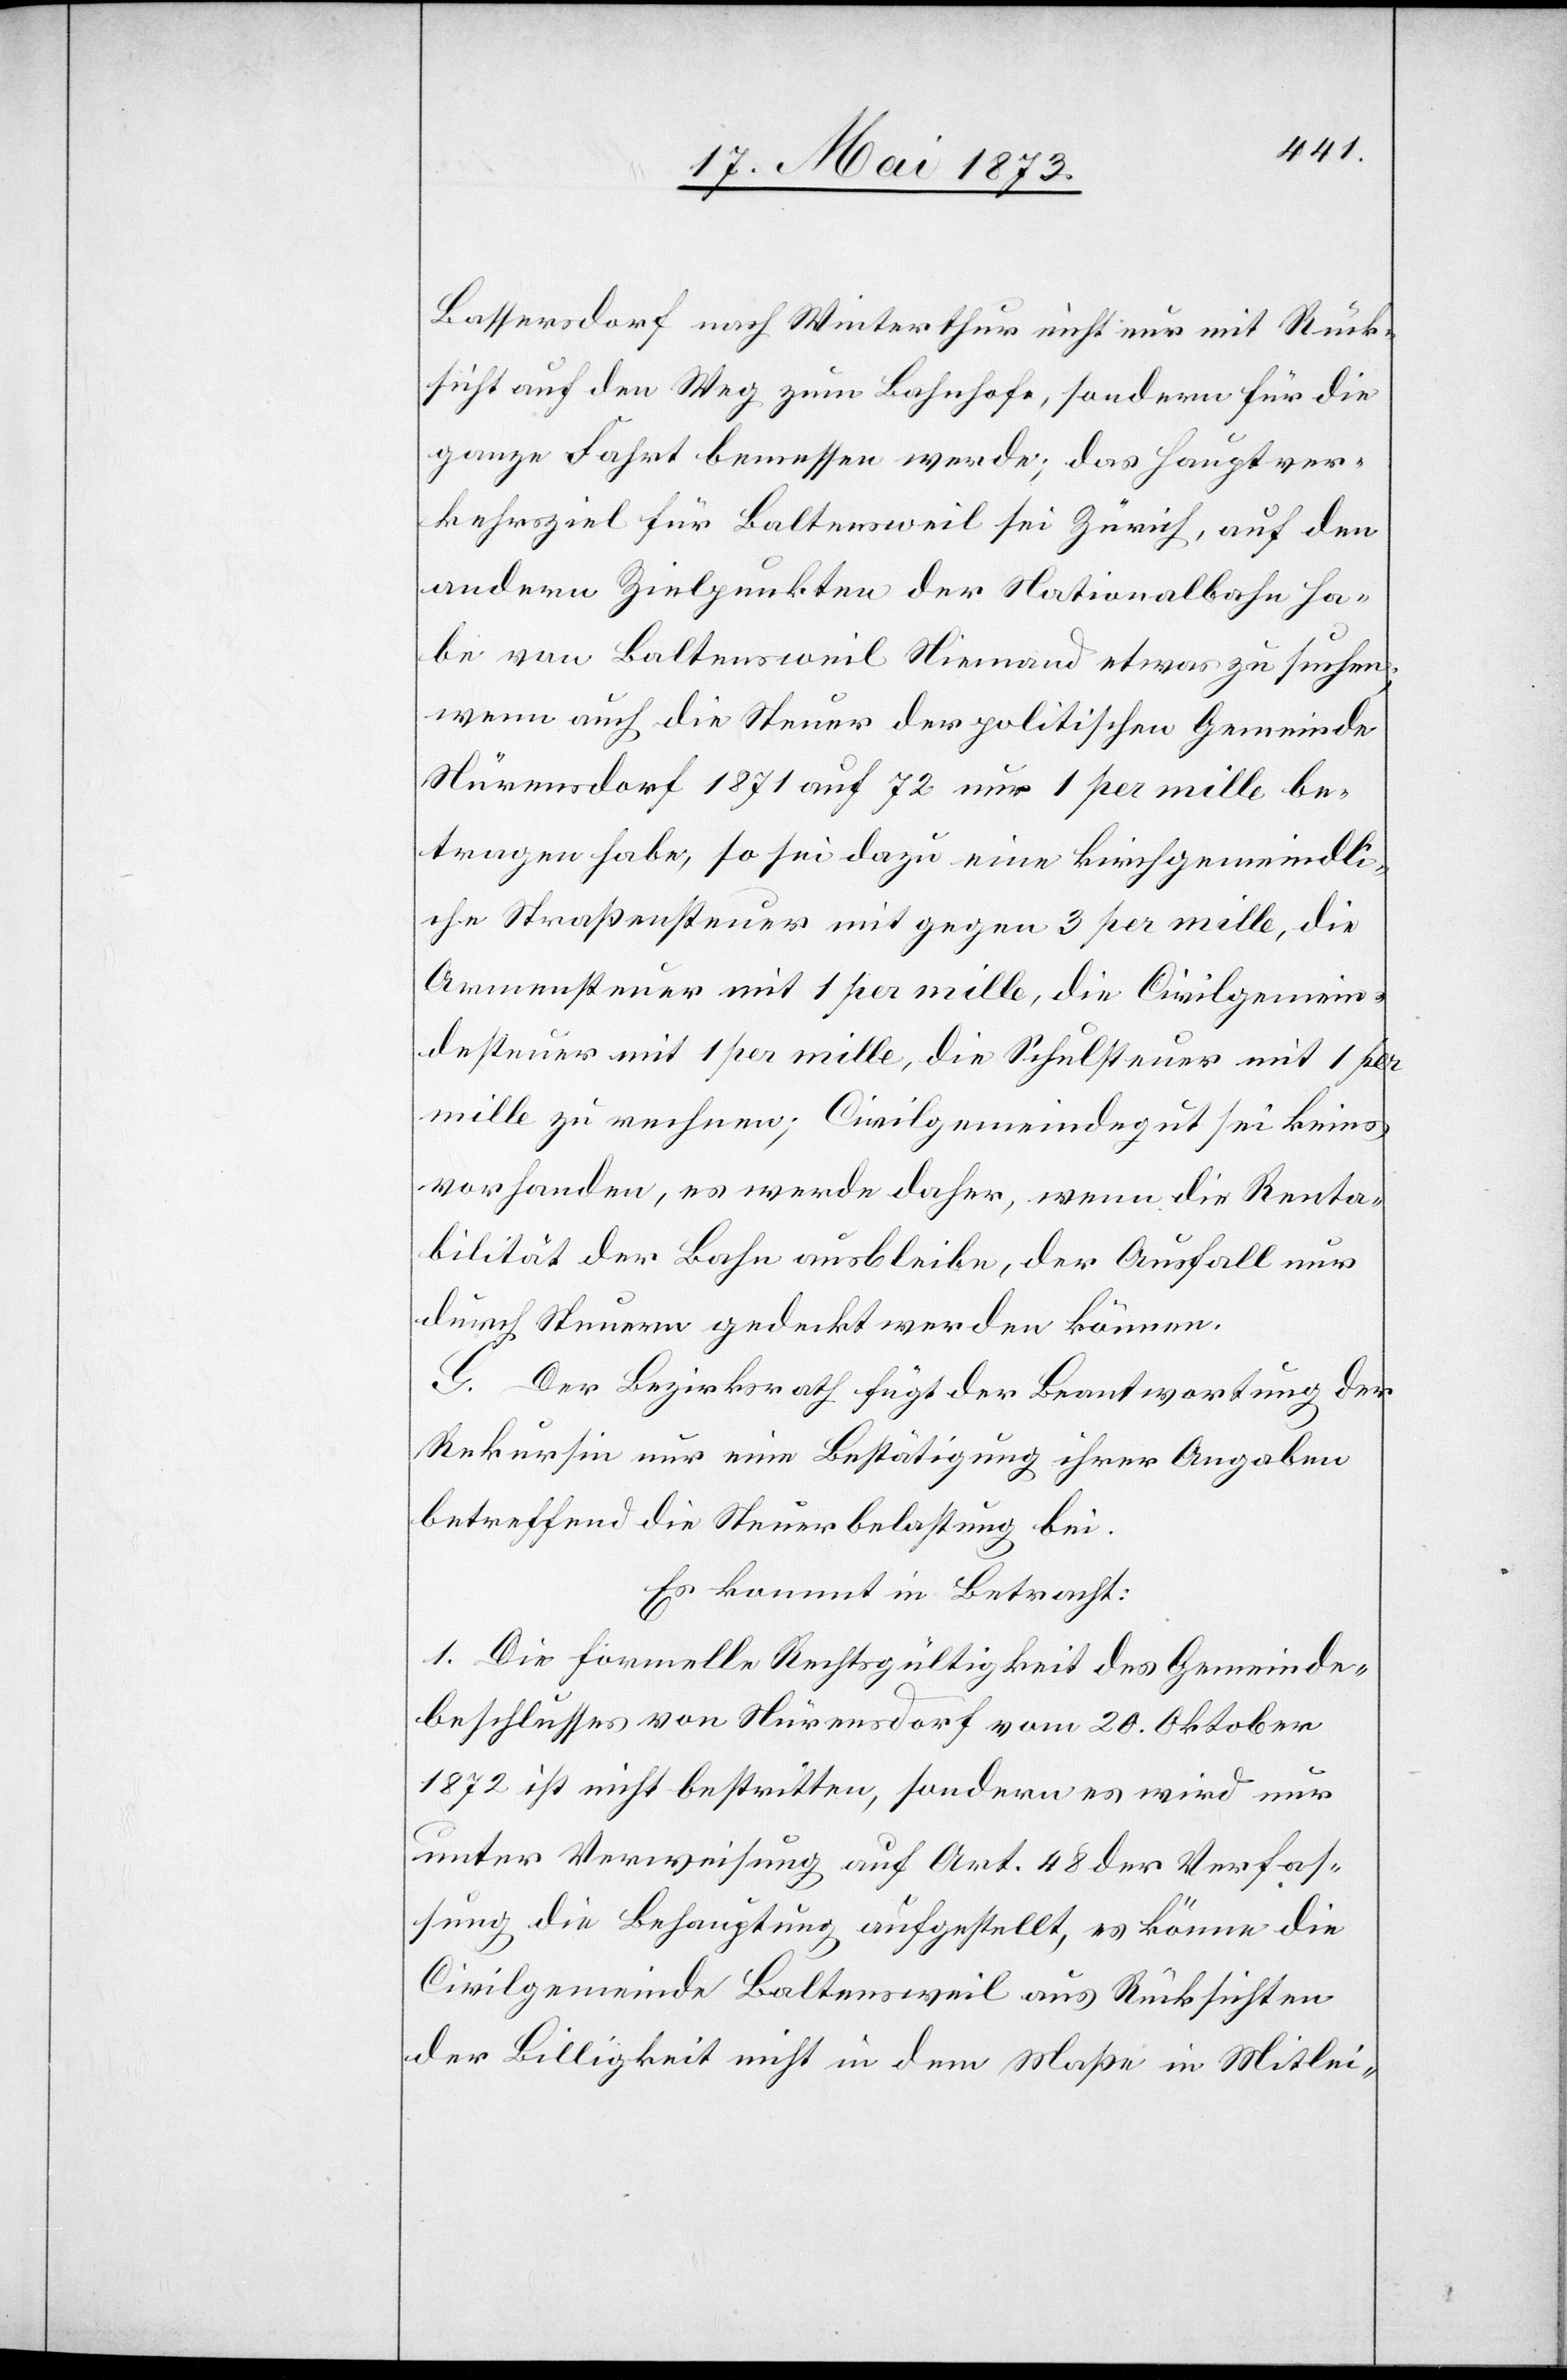
Bassersdorf nach Winterthur nicht nur mit Rück¬
sicht auf den Weg zum Bahnhofe, sondern für die
ganze Fahrt bemessen werde; das Hauptver¬
kehrsziel für Baltensweil sei Zürich, auf den
andern Zielpunkten der Nationalbahn ha¬
be von Baltensweil Niemand etwas zu suchen;
wenn auch die Steuer der politischen Gemeinde
Nürensdorf 1871 auf 72 nur 1 per mille be¬
tragen habe, so sei dazu eine kirchgemeindl¬
iche Straßensteuer mit gegen 3 per mille, die
Armensteuer mit 1 per mille, die Civilgemein¬
desteuer mit 1 per mille, die Schulsteuer mit 1 per
mille zu rechnen; Civilgemeindegut sei keines
vorhanden, es werde daher, wenn die Renta¬
bilität der Bahn ausbleibe, der Ausfall nur
durch Steuern gedeckt werden können.
G. Der Bezirksrath fügt der Beantwortung der
Rekursin nur eine Bestätigung ihrer Angaben
betreffend die Steuerbelastung bei.
Es kommt in Betracht:
1. Die formelle Rechtsgültigkeit des Gemeinde¬
beschlusses von Nürensdorf vom 20. Oktober
1872 ist nicht bestritten, sondern es wird nur
unter Verweisung auf Art. 48 der Verfas¬
sung die Behauptung aufgestellt, es könne die
Civilgemeinde Baltensweil aus Rücksichten
der Billigkeit nicht in dem Maße in Mitlei-